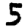
Digit: 5